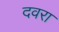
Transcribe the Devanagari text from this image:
दवरा